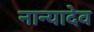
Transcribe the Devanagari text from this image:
नान्यादेव